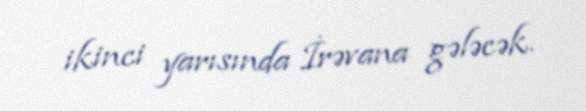
ikinci yarısında İrəvana gələcək.